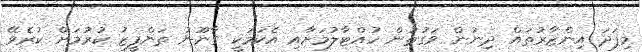
މިފަދަ އިންޒާރުތައް ދިނުން ވަގުތުން ހުއްޓާލުމަށާއި އެކަމަކީ ގާނޫނު ތަންފީޒު ކުރުމަށް ކުރެވޭ